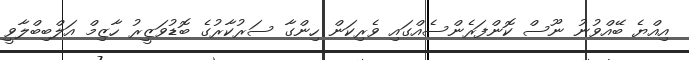
އިއްޔެ ބޭއްވުނު ނޫސް ކޮންފަރެންސެއްގައި ވެރިކަން ހިންގާ ސަރުކާރުގެ ބޮޑުވަޒީރު ހާޒިމް އަލްބިބްލާވީ